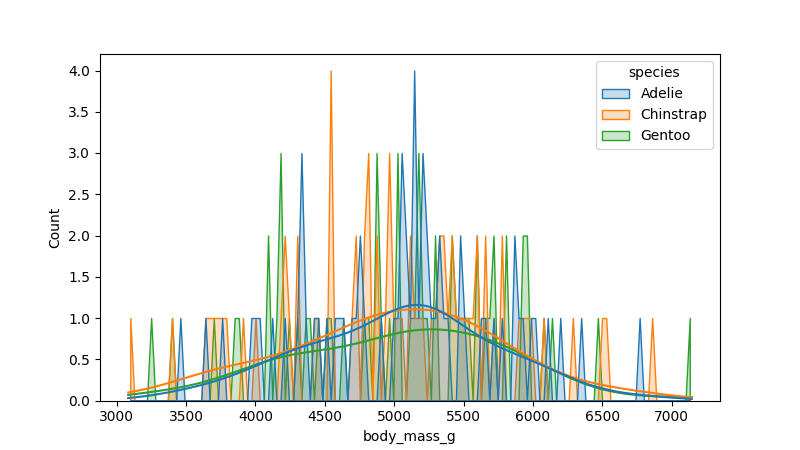
python, seaborn, histplot, hue='species', binwidth=30, bins='20', element='poly'